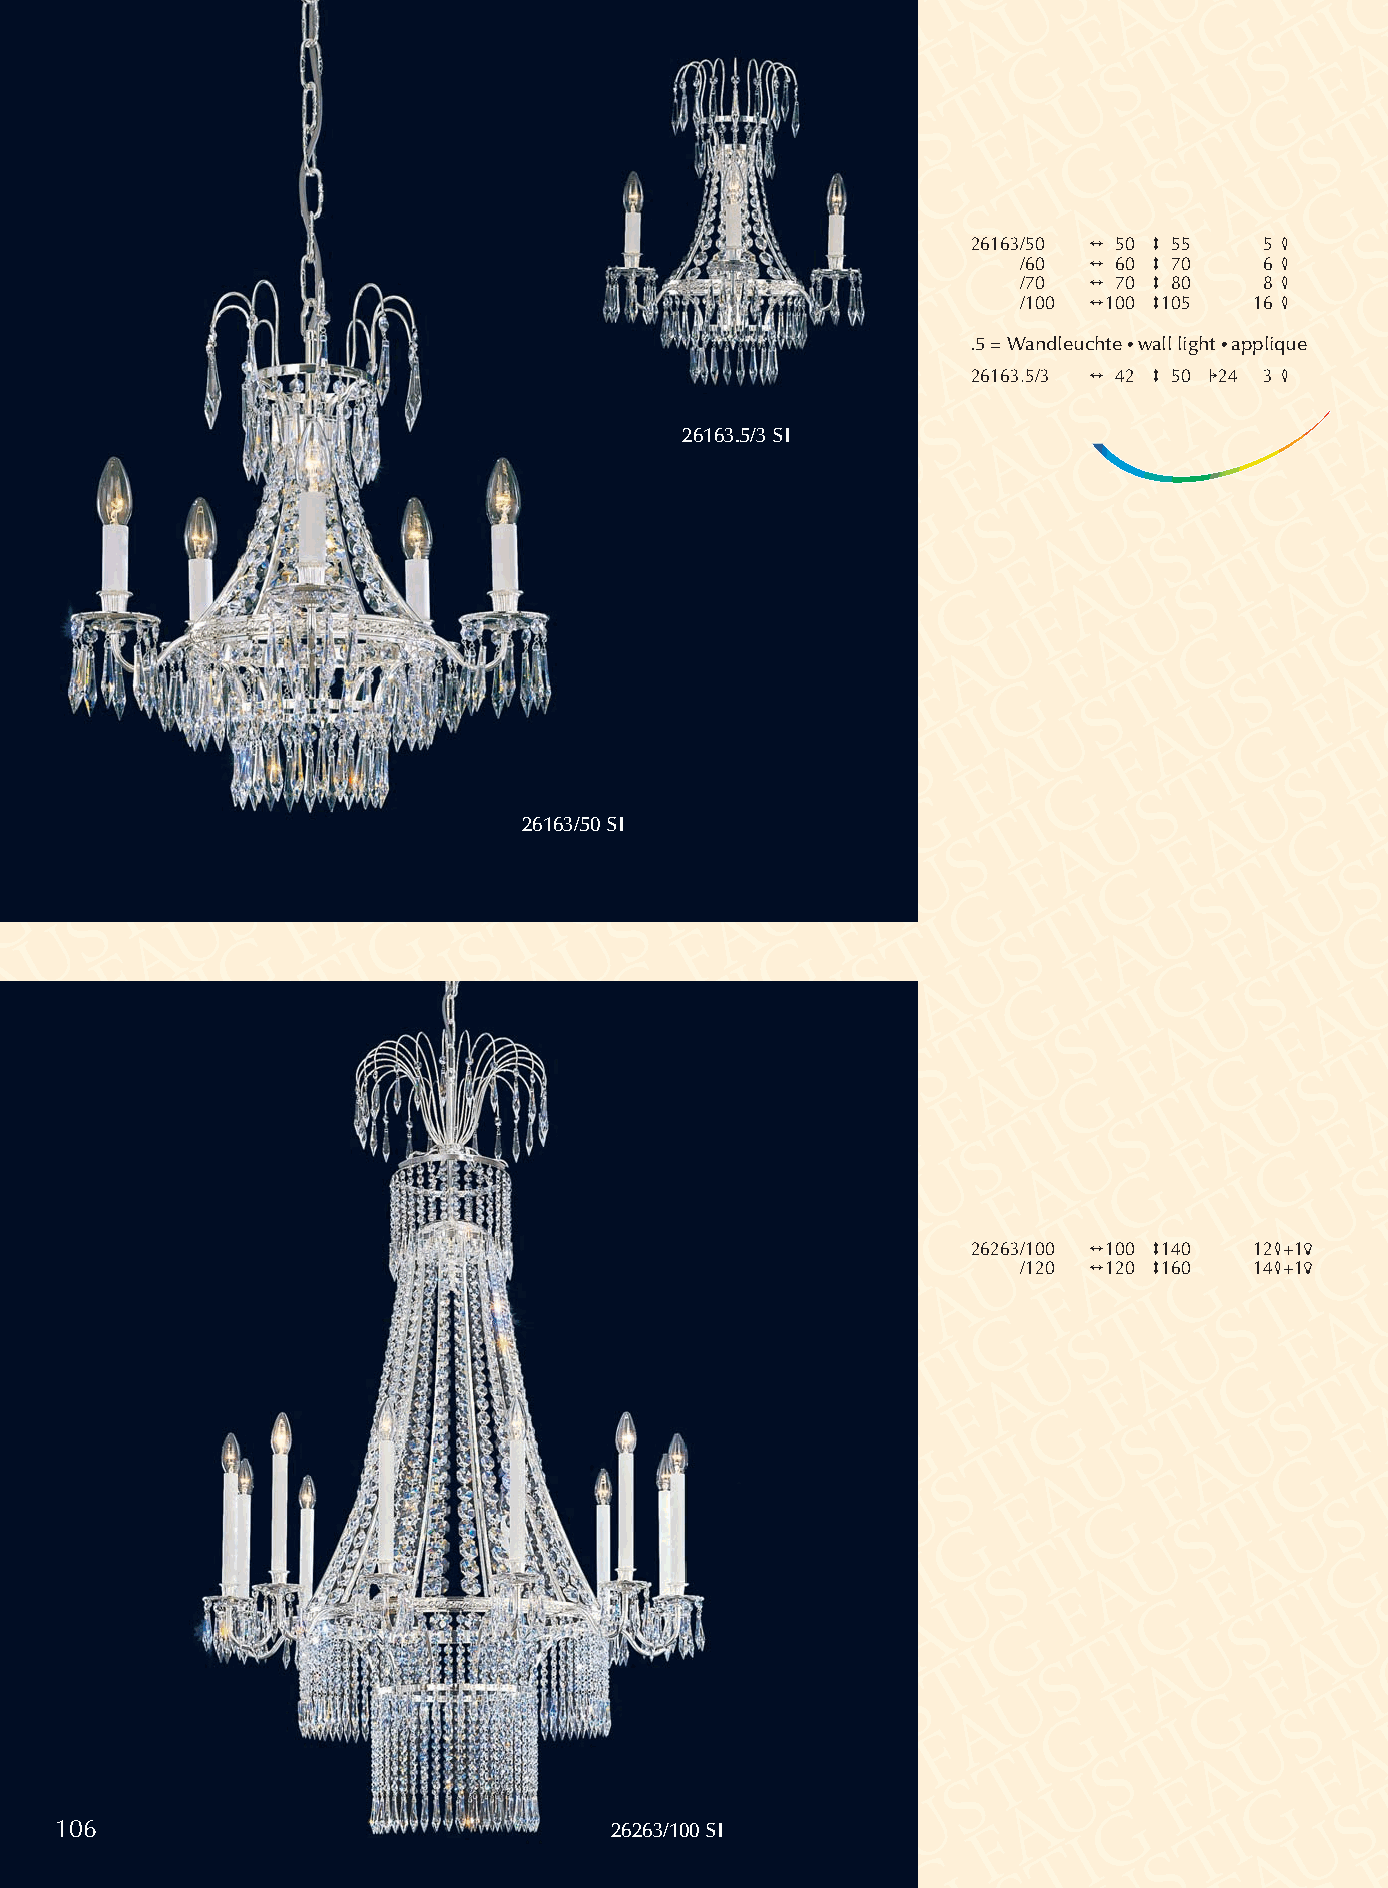
26163/50 2 50 3 55  5 4
 /60 2 60 3 70   6 4
 /70 2 70 3 80   8 4
 /100 2100 3105 16 4
 .5 = Wandleuchte •wall light •applique
 26163.5/3 2 42 3 50 124 3 4
 26163.5/3 SI
 26163/50 SI
 26263/100 2100 3140 124+15
 /120 2120 3160 144+15
 106                                 26263/100 SI